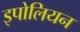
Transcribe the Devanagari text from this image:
इपोलियन